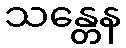
သန္တေန